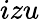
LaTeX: izu